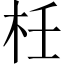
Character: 𣐅